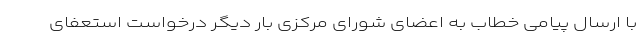
با ارسال پیامی خطاب به اعضای شورای مرکزی بار دیگر درخواست استعفای